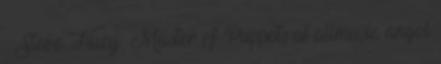
↑ Steve Huey: Master of Puppets at allmusic angol